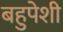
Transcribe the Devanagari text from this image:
बहुपेशी